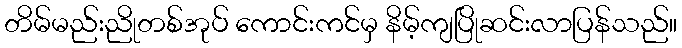
တိမ်မည်းညိုတစ်အုပ် ကောင်းကင်မှ နိမ့်ကျပြိုဆင်းလာပြန်သည်။